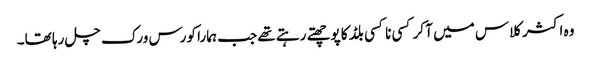
وہ اکثر کلاس میں آ کر کسی نا کسی بلڈ کا پوچھتے رہتے تھے جب ہمارا کورس ورک چل رہا تھا۔